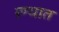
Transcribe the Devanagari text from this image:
ग्र्ण्थात